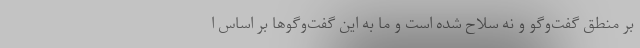
بر منطق گفت‌وگو و نه سلاح شده است و ما به این گفت‌وگوها بر اساس ا